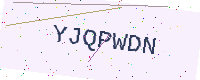
Text: YJQPWDN